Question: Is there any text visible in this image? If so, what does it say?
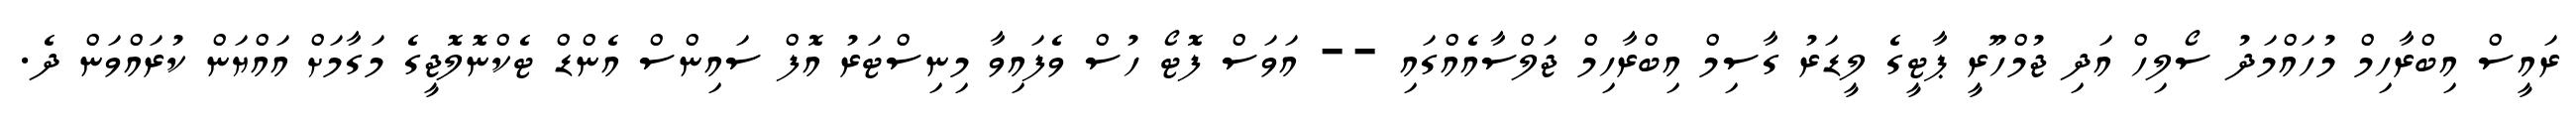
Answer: ރައީސް އިބްރާހިމް މުހައްމަދު ސޯލިހް އަދި ޖުމްހޫރީ ޕާޓީގެ ލީޑަރު ގާސިމް އިބްރާހިމް ޖަލްސާއެއްގައި -- އަވަސް ފޮޓޯ ހުސް ވެފައިވާ މިނިސްޓަރު އޮފް ސައިންސް އެންޑް ޓެކްނޮލޮޖީގެ މަގާމަށް އައްޔަން ކުރައްވަން ދެ.